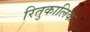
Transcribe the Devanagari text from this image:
रितुकालिक